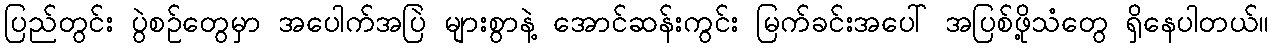
ပြည်တွင်း ပွဲစဉ်တွေမှာ အပေါက်အပြဲ များစွာနဲ့ အောင်ဆန်းကွင်း မြက်ခင်းအပေါ် အပြစ်ဖို့သံတွေ ရှိနေပါတယ်။